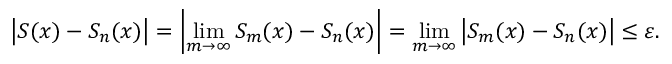
\left| S ( x ) - S _ { n } ( x ) \right| = \left| \operatorname* { l i m } _ { m \to \infty } S _ { m } ( x ) - S _ { n } ( x ) \right| = \operatorname* { l i m } _ { m \to \infty } \left| S _ { m } ( x ) - S _ { n } ( x ) \right| \leq \varepsilon .